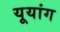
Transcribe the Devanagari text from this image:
यूयांग